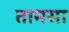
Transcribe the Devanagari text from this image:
तामसा